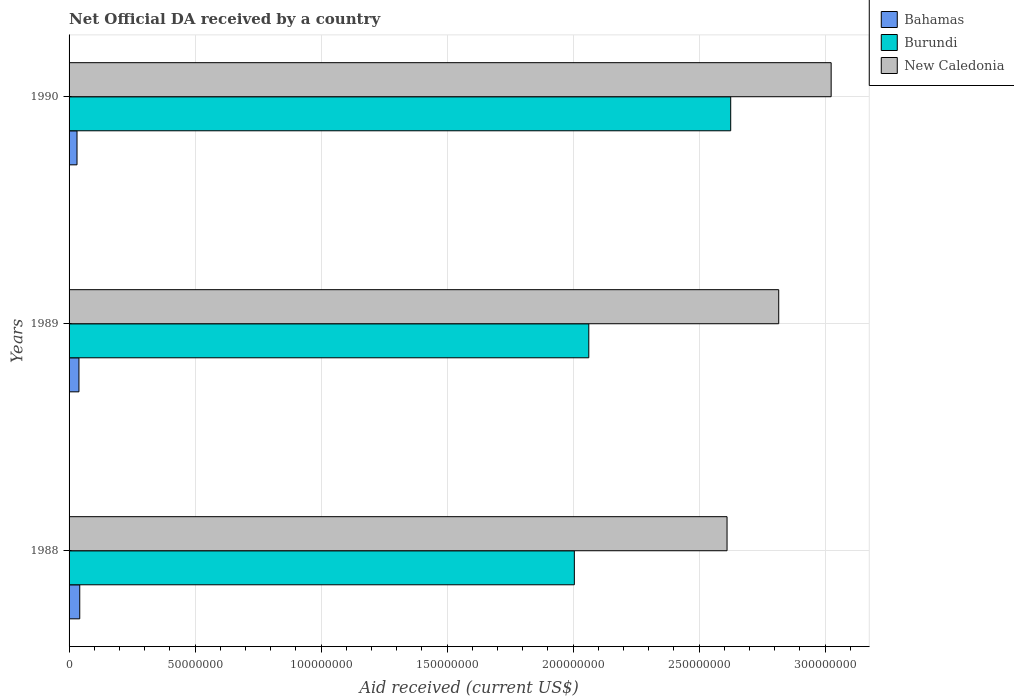
| Years | Bahamas | Burundi | New Caledonia |
 | --- | --- | --- | --- |
 | 1988 | 4.24e+06 | 2.00e+08 | 2.61e+08 |
 | 1989 | 3.92e+06 | 2.06e+08 | 2.82e+08 |
 | 1990 | 3.15e+06 | 2.63e+08 | 3.02e+08 |